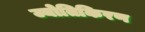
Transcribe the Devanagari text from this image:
ज्योतिकिरण